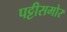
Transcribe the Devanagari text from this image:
पट्टीसमोर